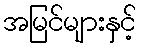
အမြင်များနှင့်